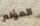
المؤلم